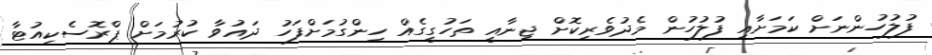
ފުލުހުންނަށް ކަމަށާއި ފުލުހުން މެދުވެރިކޮށް ޖިނާއީ ތަހުގީގެއް ހިންގުމަށްފަހު ދައުވާ ކުރުމަށް ޕްރޮސެކިއުޓާ